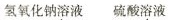
氢氧化钠溶液 硫酸溶液